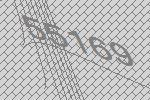
55169